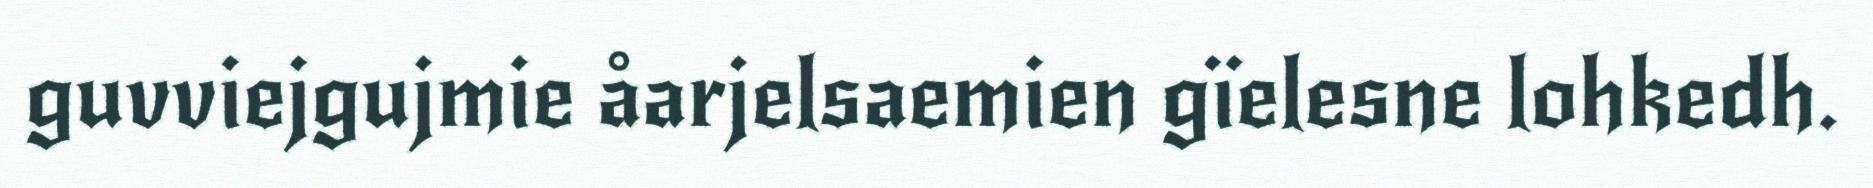
guvviejgujmie åarjelsaemien gïelesne lohkedh.